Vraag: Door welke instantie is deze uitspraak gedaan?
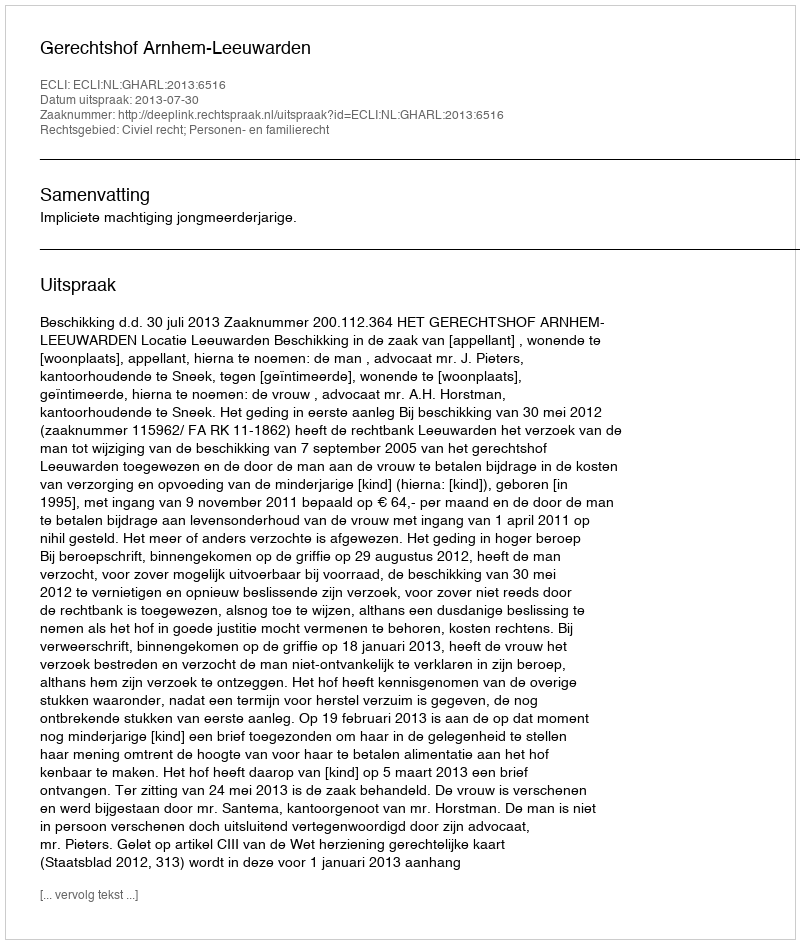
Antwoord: Gerechtshof Arnhem-Leeuwarden